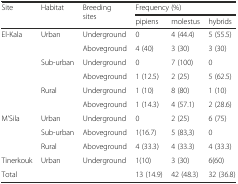
<table><thead><tr><td rowspan="2"><b>Site</b></td><td rowspan="2"><b>Habitat</b></td><td rowspan="2"><b>Breeding sites</b></td><td colspan="3"><b>Frequency (%)</b></td></tr><tr><td><b>pipiens</b></td><td><b>molestus</b></td><td><b>hybrids</b></td></tr></thead><tbody><tr><td rowspan="6">El-Kala</td><td rowspan="2">Urban</td><td>Underground</td><td>0</td><td>4 (44.4)</td><td>5 (55.5)</td></tr><tr><td>Aboveground</td><td>4 (40)</td><td>3 (30)</td><td>3 (30)</td></tr><tr><td rowspan="2">Sub-urban</td><td>Underground</td><td>0</td><td>7 (100)</td><td>0</td></tr><tr><td>Aboveground</td><td>1 (12.5)</td><td>2 (25)</td><td>5 (62.5)</td></tr><tr><td rowspan="2">Rural</td><td>Underground</td><td>1 (10)</td><td>8 (80)</td><td>1 (10)</td></tr><tr><td>Aboveground</td><td>1 (14.3)</td><td>4 (57.1)</td><td>2 (28.6)</td></tr><tr><td rowspan="3">M’Sila</td><td>Urban</td><td>Underground</td><td>0</td><td>2 (25)</td><td>6 (75)</td></tr><tr><td>Sub-urban</td><td>Aboveground</td><td>1(16.7)</td><td>5 (83,3)</td><td>0</td></tr><tr><td>Rural</td><td>Aboveground</td><td>4 (33.3)</td><td>4 (33.3)</td><td>4 (33.3)</td></tr><tr><td>Tinerkouk</td><td>Urban</td><td>Underground</td><td>1(10)</td><td>3 (30)</td><td>6(60)</td></tr><tr><td>Total</td><td></td><td></td><td>13 (14.9)</td><td>42 (48.3)</td><td>32 (36.8)</td></tr></tbody></table>